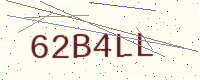
Text: 62B4LL